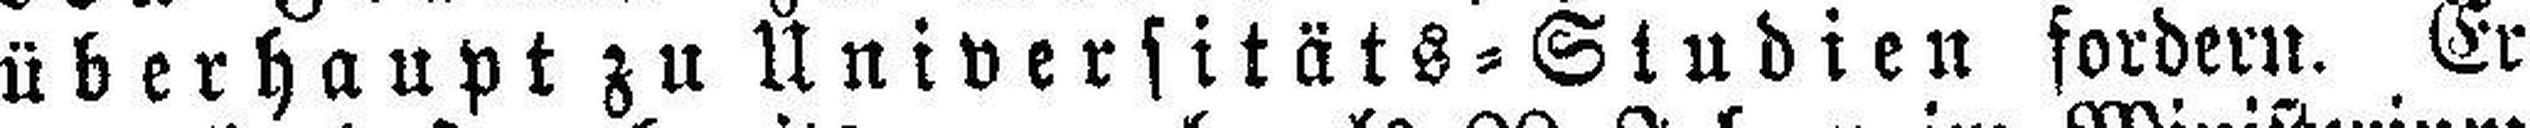
überhaupt zu Universitäts=Studien fordern. Er